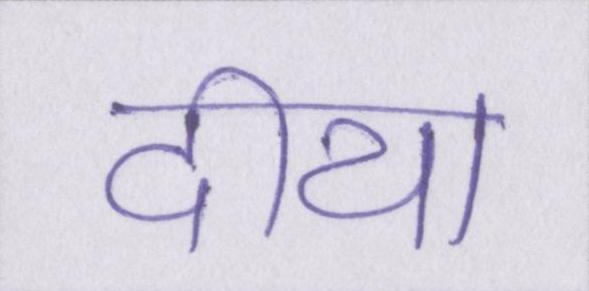
दीया